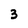
Character: 3